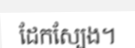
ដែកស្បែង។